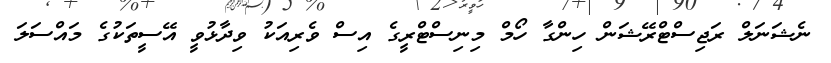
ނެޝަނަލް ރަޖިސްޓްރޭޝަން ހިންގާ ހޯމް މިނިސްޓްރީގެ އިސް ވެރިއަކު ވިދާޅުވީ އޭސީތަކުގެ މައްސަލަ